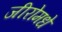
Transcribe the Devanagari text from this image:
जीरोमधे